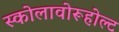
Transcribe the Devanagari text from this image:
स्कोलावोरूहोल्ट